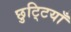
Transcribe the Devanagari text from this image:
छुटि्टयाँ